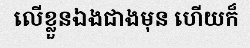
លើខ្លួនឯងជាងមុន ហើយក៏